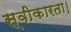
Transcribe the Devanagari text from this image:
स्वीकारता।